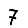
Digit: 7